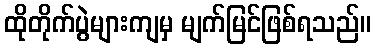
ထိုတိုက်ပွဲများကျမှ မျက်မြင်ဖြစ်ရသည်။